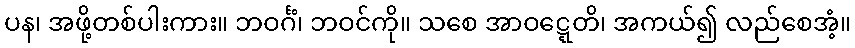
ပန၊ အဖို့တစ်ပါးကား။ ဘဝင်္ဂံ၊ ဘဝင်ကို။ သစေ အာဝဋ္ဋေတိ၊ အကယ်၍ လည်စေအံ့။